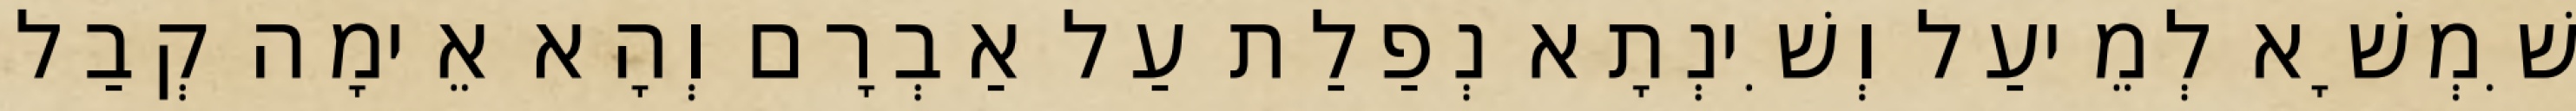
שִׁמְשָׁא לְמֵיעַל וְשִׁינְתָא נְפַלַת עַל אַבְרָם וְהָא אֵימָה קְבַל